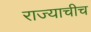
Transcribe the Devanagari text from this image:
राज्याचीच